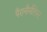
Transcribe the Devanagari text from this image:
पैरानौर्मलिस्ट